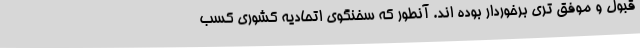
قبول و موفق تری برخوردار بوده اند. آنطور که سخنگوی اتحادیه کشوری کسب